Civil Veterinary Department Bihar & Orissa reports 1929-36 - 1929-1936
Year: 1929
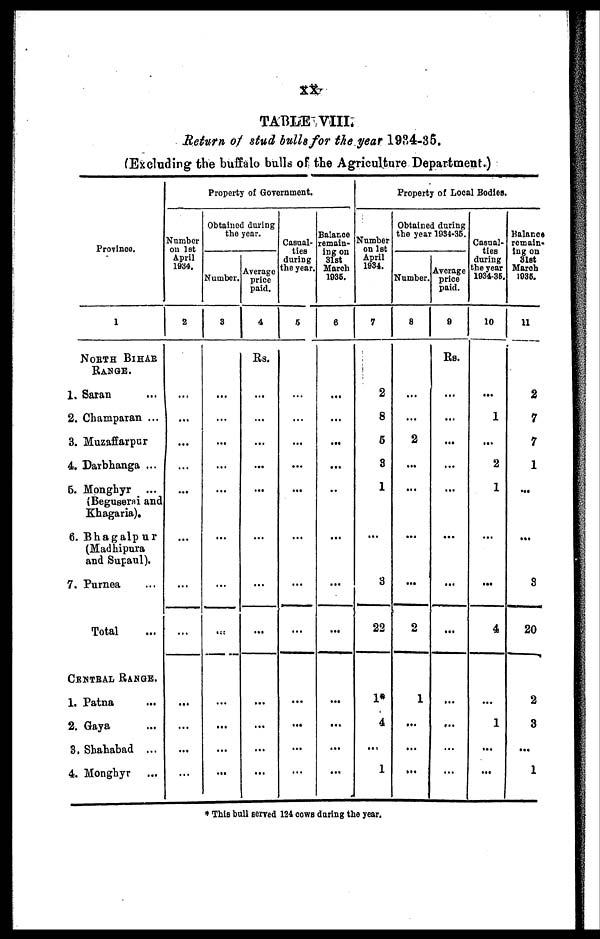
XX
TABLE VIII.
Return of stud bulls for the year 1984-35.
(Excluding the buffalo bulls of the Agriculture Department.)
Province.
1
NORTH BIHAR
RANGE.
1. Saran ...
2. Champaran ...
3. Muzaffarpur
4. Darbhanga ...
5. Monghyr ...
(Beguserai and
Khagaria).
6. Bhagalpur
(Madhipura
and Supaul).
7. Purnea ...
Total ...
CENTRAL RANGE.
1. Patna ...
2. Gaya ...
3. Shahabad ...
4. Honghyr ...
Property of Government.
Number
on 1st
April
1934.
2
...
...
...
...
...
...
...
...
...
...
...
...
Obtained during
the year.
Number.
3
...
...
...
...
...
...
...
...
...
...
...
...
Average
price
paid.
4
Rs.
...
...
...
...
...
...
...
...
...
...
...
...
Casual-
ties
during
the year.
5
...
...
...
...
...
...
...
...
...
...
...
...
Balance
remain-
ing on
31st
March
1035.
6
...
...
...
...
...
...
...
...
...
...
...
...
Property of Local Bodies
Number
on 1st
April
1934.
7
2
8
5
3
1
...
3
22
1*
4
...
1
Obtained during
the year 1934-35.
Number.
8
...
...
2
...
...
...
...
2
1
...
...
...
Average
price
paid.
9
Rs.
...
...
...
...
...
...
...
...
...
...
...
...
Casual-
ties
during
the year
1934-36.
10
...
1
...
2
1
...
...
4
...
1
...
...
Balance
remain-
ing on
31st
March
1935.
11
2
7
7
1
...
...
8
20
2
3
...
1
* This bull served 124 cows during the year.